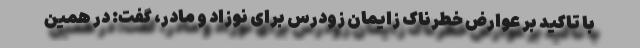
با تاکید بر عوارض خطرناک زایمان زودرس برای نوزاد و مادر، گفت: در همین